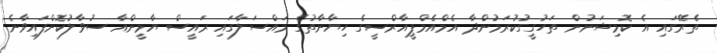
ތެރޭގައި އެ ކޮމިޝަނުން ތަހުގީގުކުރަމުންދާ އެމްއެމްޕީއާރްސީގެ ހިޔާނާތުގެ މައްސަލާގައި ރައީސް ޔާމީންއާ ސުވާލުކޮށްފައިވާނެ